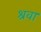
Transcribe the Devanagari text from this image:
श्रवा